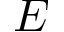
E